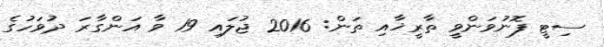
ސިޓީ ފޮނުވަންވީ ތާރީޚާއި ތަން: 2016 ޖުލައި 19 ވާ އަންގާރަ ދުވަހުގެ